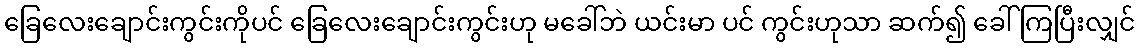
ခြေလေးချောင်းကွင်းကိုပင် ခြေလေးချောင်းကွင်းဟု မခေါ်ဘဲ ယင်းမာ ပင် ကွင်းဟုသာ ဆက်၍ ခေါ်ကြပြီးလျှင်